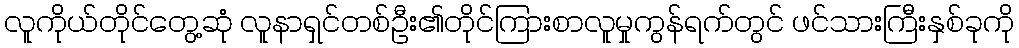
လူကိုယ်တိုင်တွေ့ဆုံ လူနာရှင်တစ်ဦး၏တိုင်ကြားစာလူမှုကွန်ရက်တွင် ဖင်သားကြီးနှစ်ခုကို